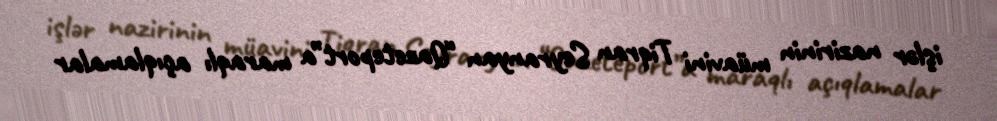
işlər nazirinin müavini Tiqran Seyranyan “Qazeteport”a maraqlı açıqlamalar